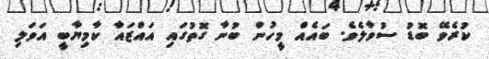
ކުރެވޭ ބޮޑު ސުވާލެވެ. ބައެއް މީހުން ބުނާ ގޮތުގައި އައްޒައާ ކާމިޔާބީ އަވަލި